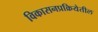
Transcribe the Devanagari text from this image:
विकासनप्रक्रियेतील